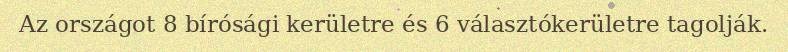
Az országot 8 bírósági kerületre és 6 választókerületre tagolják.